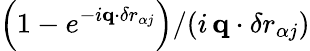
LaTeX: \left(1-e^{-i{\mathbf q}\cdot{\mathbf\delta r}_{\alpha j}}\right)/(i\, {\mathbf q}\cdot{\mathbf\delta r}_{\alpha j})